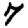
Digit: 7